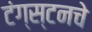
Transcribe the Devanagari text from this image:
टंग्स्टनचे